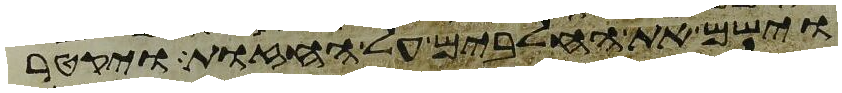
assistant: וישם את החלבים על החזות ויקטר